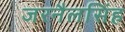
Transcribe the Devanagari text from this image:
जरनैलसिंह